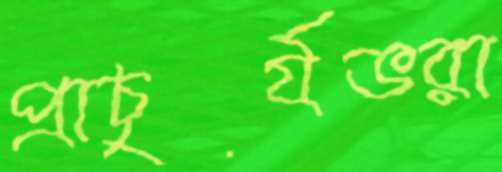
প্রাচুর্যভরা